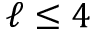
\ell \leq 4